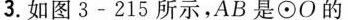
3.如图3-215所示，AB是\odot O的